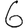
Digit: 6